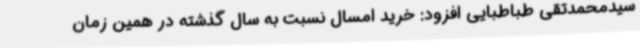
سیدمحمدتقی طباطبایی افزود: خرید امسال نسبت به سال گذشته در همین زمان